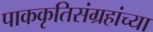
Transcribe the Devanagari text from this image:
पाककृतिसंग्रहांच्या